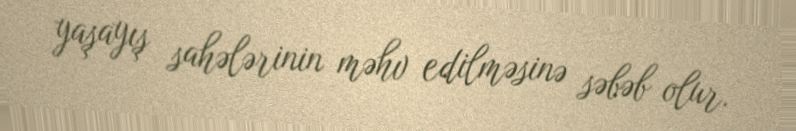
yaşayış sahələrinin məhv edilməsinə səbəb olur.